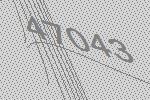
47043